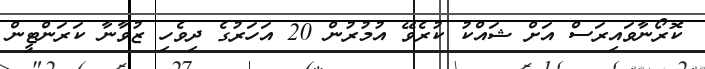
ކޮރޯނާވައިރަސް އަށް ޝައްކު ކުރެވޭ އުމުރުން 20 އަހަރުގެ ދިވެހި ޒުވާނާ ކަރަންޓީން